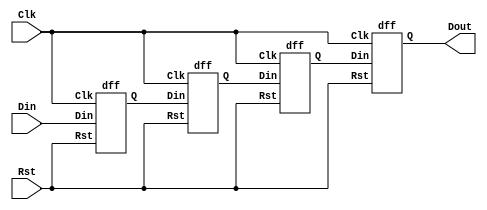
//Serial In Serial Out Shift Register
module shiftregister(Din,Clk,Rst,Dout); 
input Din,Clk,Rst;
output Dout;
wire w,w1,w2;

dff A(.Din(Din),.Clk(Clk),.Rst(Rst),.Q(w));
dff B(.Din(w),.Clk(Clk),.Rst(Rst),.Q(w1));
dff C(.Din(w1),.Clk(Clk),.Rst(Rst),.Q(w2));
dff D(.Din(w2),.Clk(Clk),.Rst(Rst),.Q(Dout));


endmodule

module dff(Din,Clk,Rst,Q);
input Din,Clk,Rst;
output reg Q;

always @(posedge Clk ) begin

    if(Rst == 1 ) begin
     Q <= 1'b0; 
     end
     else begin
     Q <= Din; 
     end

end
endmodule